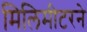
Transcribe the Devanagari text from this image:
मिलिमीटरने